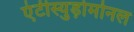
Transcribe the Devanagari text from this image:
एंटीस्युड़ोमोनल